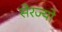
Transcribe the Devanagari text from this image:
सेरज्यो